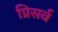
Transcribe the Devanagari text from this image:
प्रिसर्व